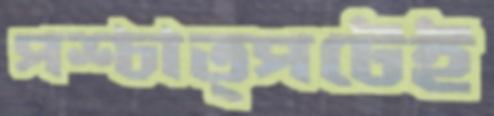
পশ্চাত্পটেই